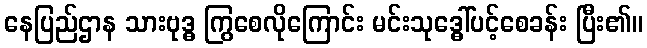
နေပြည်ဌာန သားဗုဒ္ဓ ကြွစေလိုကြောင်း မင်းသုဒ္ဓေါ်ပင့်စေခန်း ပြီး၏။